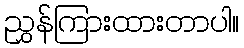
ညွှန်ကြားထားတာပါ။